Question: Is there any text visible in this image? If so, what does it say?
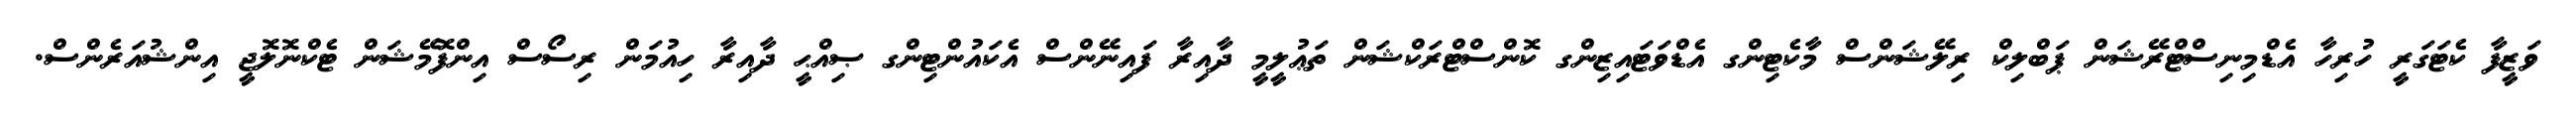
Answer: ވަޒީފާ ކެޓަގަރީ ހުރިހާ އެޑްމިނިސްޓްރޭޝަން ޕަބްލިކް ރިލޭޝަންސް މާކެޓިންގ އެޑްވަޓައިޒިންގ ކޮންސްޓްރަކްޝަން ތަޢުލީމީ ދާއިރާ ފައިނޭންސް އެކައުންޓިންގ ޞިއްޙީ ދާއިރާ ހިއުމަން ރިސޯސް އިންފޮމޭޝަން ޓެކްނޮލޮޖީ އިންޝުއަރެންސް.